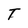
Character: T